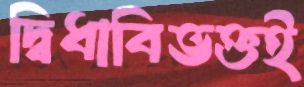
দ্বিধাবিভক্তই